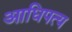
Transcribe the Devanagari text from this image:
आधिपत्य